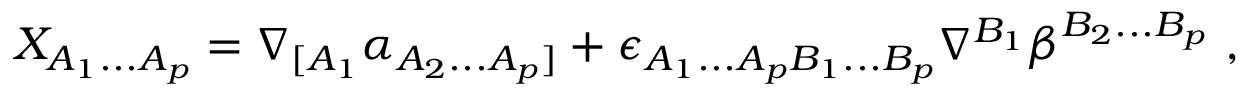
X _ { A _ { 1 } . . . A _ { p } } = \nabla _ { [ A _ { 1 } } \alpha _ { A _ { 2 } . . . A _ { p } ] } + \epsilon _ { A _ { 1 } . . . A _ { p } B _ { 1 } . . . B _ { p } } \nabla ^ { B _ { 1 } } \beta ^ { B _ { 2 } . . . B _ { p } } \ ,